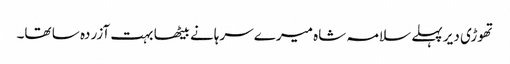
تھوڑی دیر پہلے سلامہ شاہ میرے سرہانے بیٹھا بہت آزردہ سا تھا۔